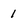
Character: 1